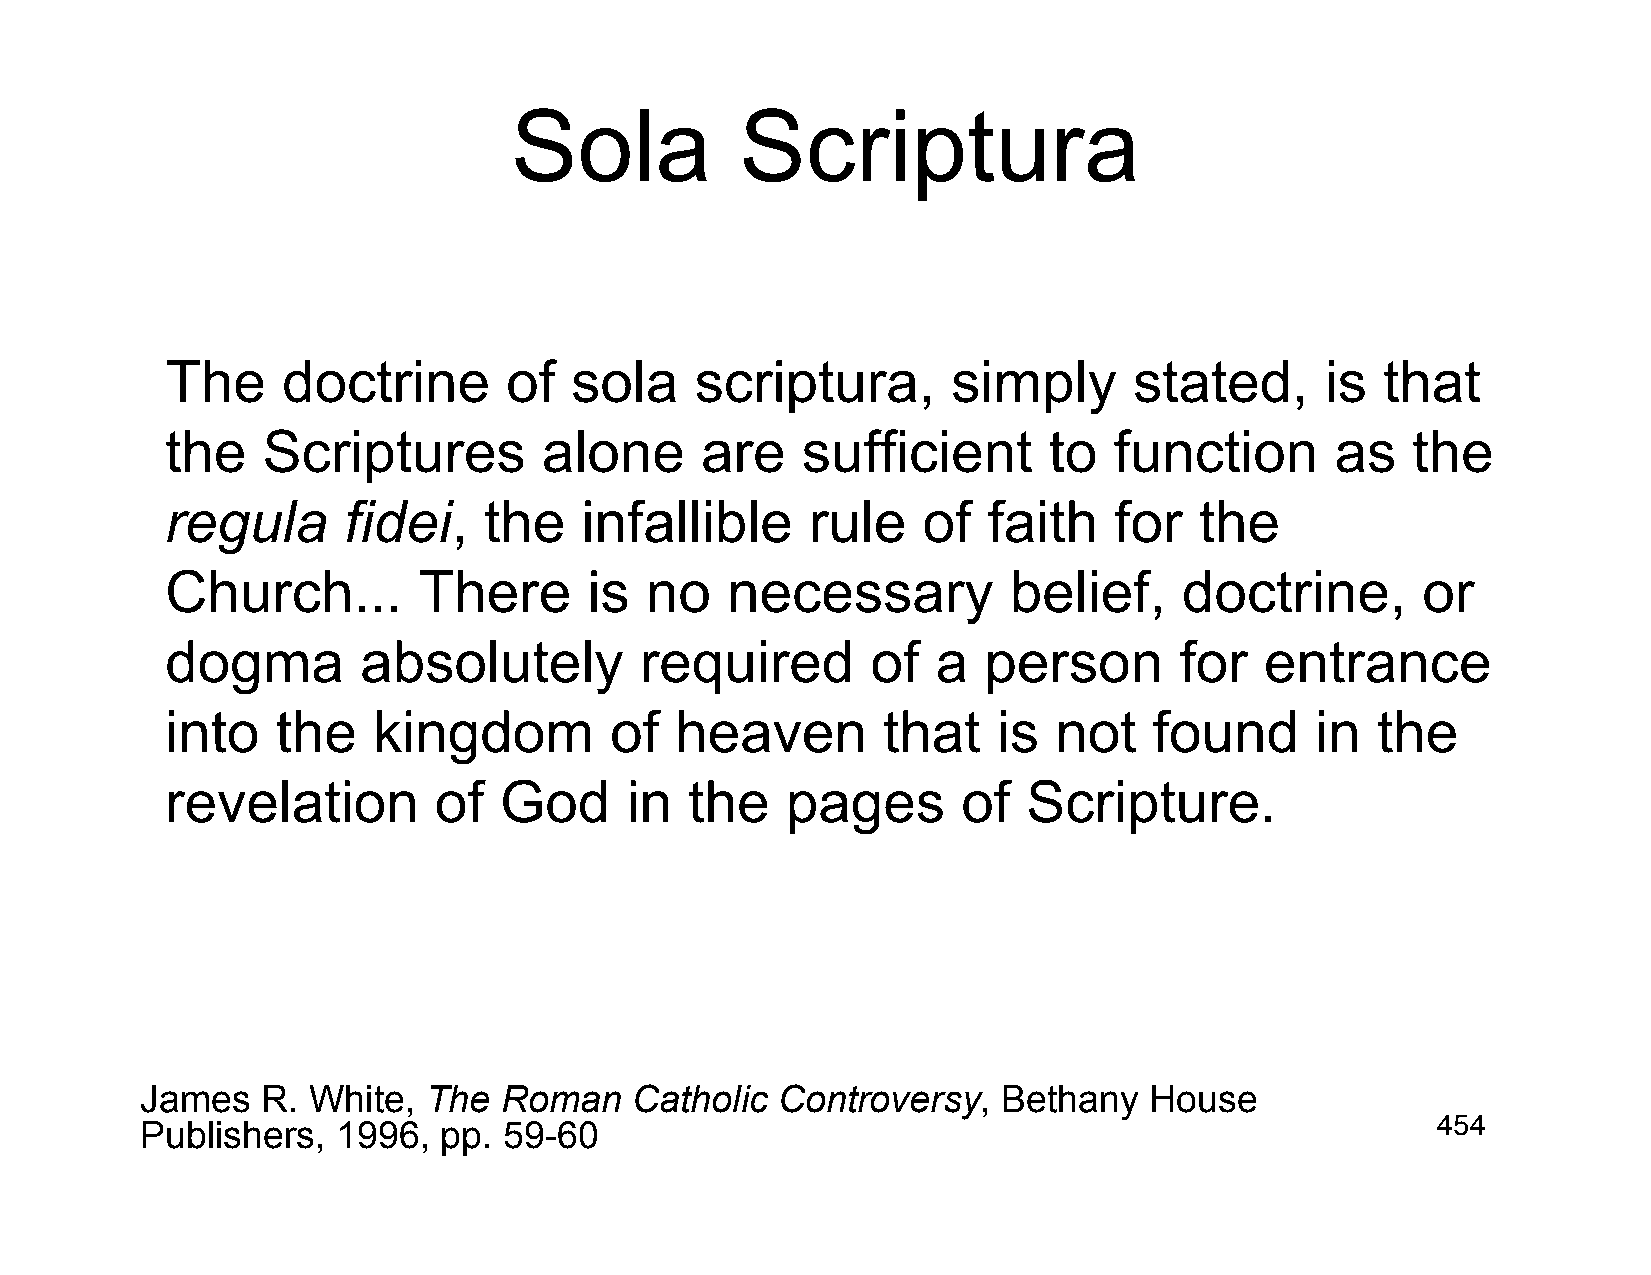
Sola           Scriptura
 The     doctrine      of   sola    scriptura,       simply      stated,      is  that
 the   Scriptures         alone     are    sufficient      to   function      as   the
 regula      fidei,   the   infallible      rule   of  faith    for  the
 Church...        There      is  no   necessary          belief,    doctrine,       or
 dogma        absolutely        required        of  a  person       for   entrance
 into   the    kingdom        of   heaven       that    is  not   found      in  the
 revelation        of  God     in   the   pages       of  Scripture.
 James   R. White,  The  Roman    Catholic Controversy,   Bethany   House
 Publishers,  1996,  pp. 59-60                                                         454